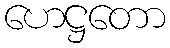
ဟေဋ္ဌတော